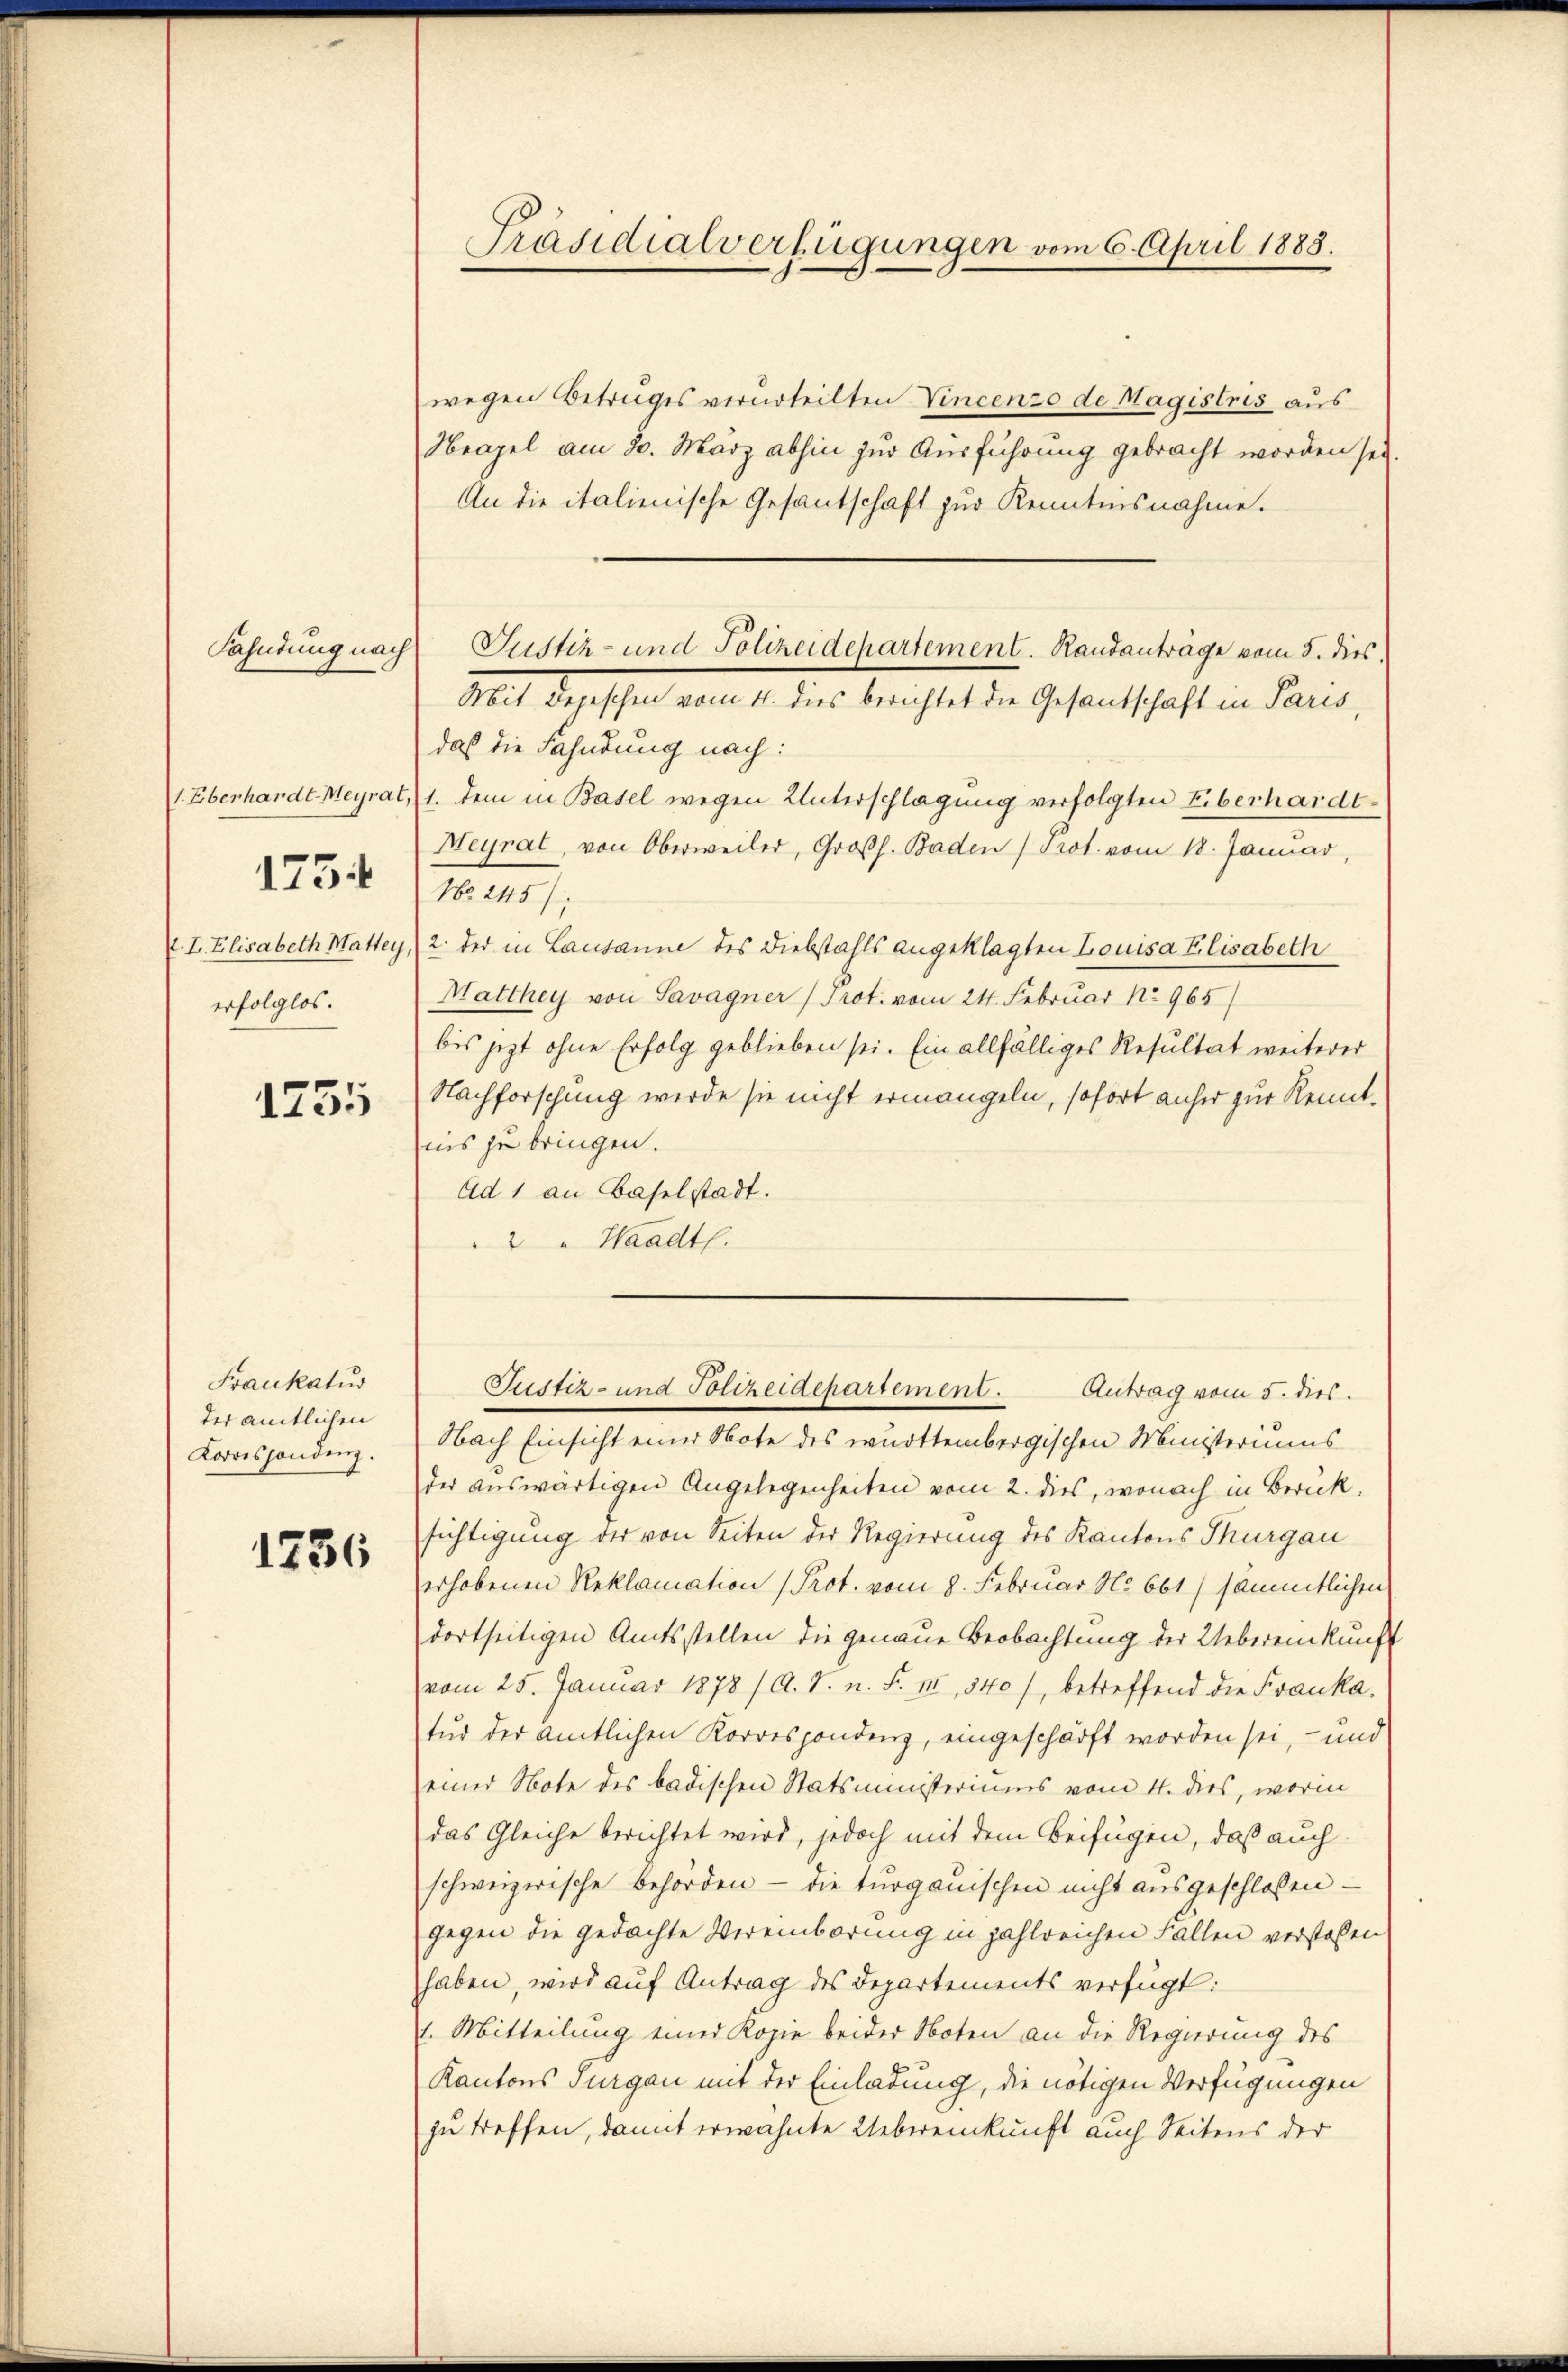
1734
. I. Elisabeth Mattey,
erfolglos.

1755

Fraukatur
der amtlichen
Korrespondenz.

1736

Präsidialverfügungen vom 6. April 1888.

wegen Betruges verurteilten Vincenzo de Magistris aus
Heagel am 30. März abhin zur Ausführung gebracht worden sei.
An die italienische Gesantschaft zur Kenntnisnahme.
Mit Depeschen vom 4. dies berichtet die Gesandschaft in Paris,
daß die Fahndung nach:
1. Eberhardt Meyrat, 1. dem in Basel wegen Unterschlagung verfolgten Eberhardt-
Meyrat, von Oberweiler, Großh. Baden Prot. vom 18. Januar,
No. 245),
2. der in Lausanne des Diebstahls angeklagten Louisa Elisabeth
Matthey von Savagner (Prot. vom 24. Februar No 965/
bis jetzt ohne Erfolg geblieben sei. Ein allfälliges Resultat weiterer
Nachforschung werde sie nicht ermangeln, sofort anher zur Kenntnis zu bringen.
Ad 1 an Baselstadt.
2 " Waadt.
Justiz- und Polizeidepartement. Antrag vom 5. dies
Nach Einsicht einer Note des württembergischen Ministeriums
der auswärtigen Angelegenheiten vom 2. dies, wonach in Berück.
sichtigung der von Seiten der Regierung des Kantons Thurgau
erhobenen Reklamation (Prot. vom 8. Februar No. 661) sämmtlichen
dortseitigen Amtsstellen die genaue Beobachtung der Uebereinkunf
vom 25. Januar 1878 / A. S. n. F. II, 540 /, betreffend die Frauka-
tur der amtlichen Korrespondenz, eingeschärft worden sei, - und
einer Note des badischen Statsministeriums vom 4. dies, worin
das Gleiche berichtet wird, jedoch mit dem Beifügen, daß auch
schweizerische Behörden - die turgauischen nicht ausgeschlossen
gegen die gedachte Vereinbarung in zahlreichen Fallen verstoßen
haben, wird auf Antrag des Departements verfügt:
1. Mitteilung einer Kopie beider Noten an die Regierung des
Kantons Turgau mit der Einladung, die nötigen Verfügungen
zu treffen, damit erwähnte Uebereinkunft auch Seitens der

Fahndung nach Gustch- und Polizeidepartement. Randanträge vom 5. dies